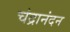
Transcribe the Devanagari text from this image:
चंद्रानंदन